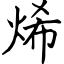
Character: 烯